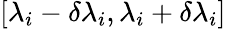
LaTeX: [\lambda_{i}-\delta\lambda_{i},\lambda_{i}+\delta\lambda_{i}]